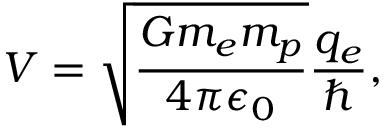
V = \sqrt { \frac { G m _ { e } m _ { p } } { 4 \pi \epsilon _ { 0 } } } \frac { q _ { e } } { \hbar } ,